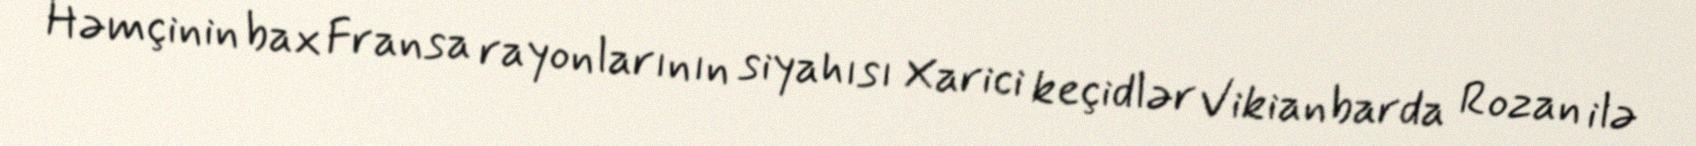
Həmçinin bax Fransa rayonlarının siyahısı Xarici keçidlər Vikianbarda Rozan ilə